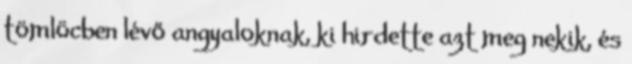
tömlöcben lévő angyaloknak, ki hirdette azt meg nekik, és